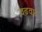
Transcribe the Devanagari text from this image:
वढ़वाड